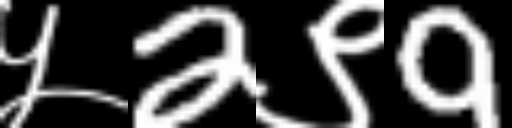
Text: ५2९9